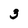
Character: 3